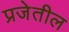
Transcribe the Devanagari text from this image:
प्रजेतील